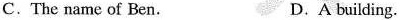
C. The name of Ben. D. A building.